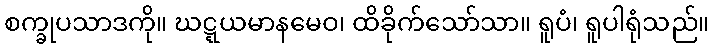
စက္ခုပသာဒကို။ ဃဋ္ဋယမာနမေဝ၊ ထိခိုက်သော်သာ။ ရူပံ၊ ရူပါရုံသည်။